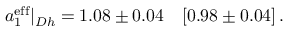
a _ { 1 } ^ { \mathrm { e f f } } | _ { D h } = 1 . 0 8 \pm 0 . 0 4 \quad [ 0 . 9 8 \pm 0 . 0 4 ] \, .